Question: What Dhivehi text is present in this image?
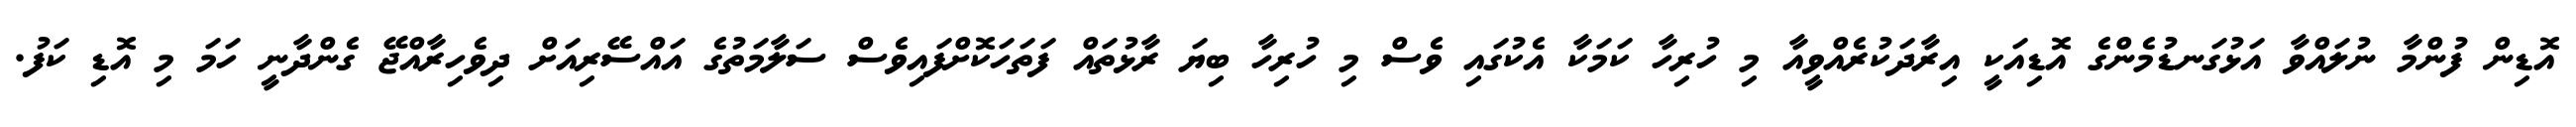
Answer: އޮޑިން ފުންމާ ނުލައްވާ އަޅުގަނޑުމެންގެ އޮޑިއަކީ އިރާދަކުރެއްވީއާ މި ހުރިހާ ކަމަކާ އެކުގައި ވެސް މި ހުރިހާ ބިޔަ ރާޅުތައް ފަތަހަކޮށްފައިވެސް ސަލާމަތުގެ އައްސޭރިއަށް ދިވެހިރާއްޖޭ ގެންދާނީ ހަމަ މި އޮޑި ކަފު.